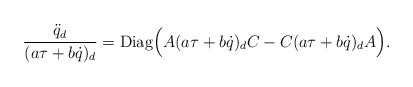
\begin{align*}{{\ddot q}_d\over (a \tau+b \dot q)_d}={\rm Diag}\Big( A (a \tau+b \dot q)_d C -C (a \tau+b \dot q)_d A\Big). \end{align*}